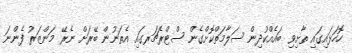
ހޮހަޅައިގައި ތާށިވި ބައެއްކުދިން ސަލާމަތްކޮށްގެން ސްޓްރެޗަރގައި އެތަނުން ބޭރަށް ނެރޭ މަންޒަރު ފެންނަ